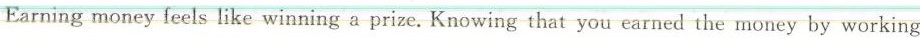
Earning money feels like winning a prize. Knowing that you earned the money by working